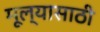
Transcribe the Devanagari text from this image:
मूल्यासाठी